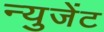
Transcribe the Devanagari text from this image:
न्युजेंट